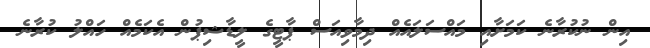
އިން ނުކުރާނެ ކަމަށާއި މައްސަލައެއް ދިމާވިއަސް ޕާޓީގެ ލީޑާޝިޕުން އެކަމެއް ހައްލު ކުރާނެ